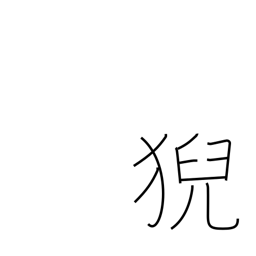
Meaning: the seat of a famous priest